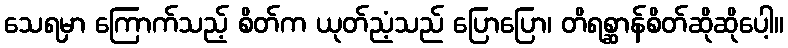
သေရမှာ ကြောက်သည့် စိတ်က ယုတ်ညံ့သည် ပြောပြော၊ တိရစ္ဆာန်စိတ်ဆိုဆိုပေါ့။